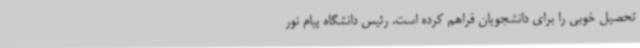
تحصیل خوبی را برای دانشجویان فراهم کرده است. رئیس دانشگاه پیام نور